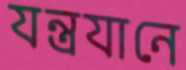
যন্ত্রযানে